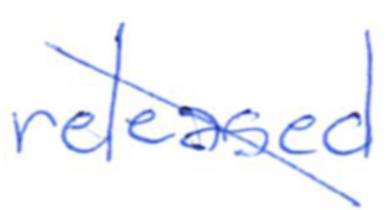
Text: released
Cross-out: diagonal
Writing tool: ballpoint